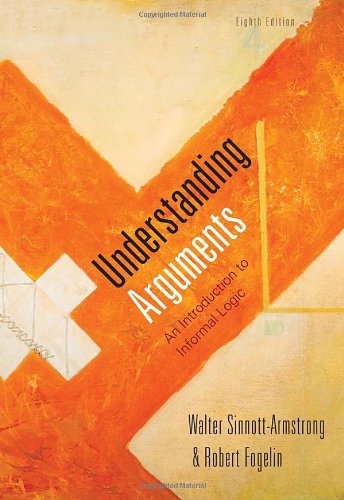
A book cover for Understanding Arguments: An Introduction to Informal Logic; Walter Sinnott-Armstrong; Politics & Social Sciences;